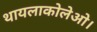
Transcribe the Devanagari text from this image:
थायलाकोलेओ।